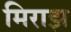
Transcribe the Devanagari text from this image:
मिराझ